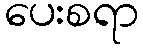
ပေးစရာ